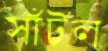
সাঁটল